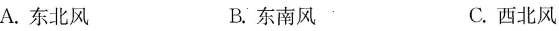
A.东北风 B.东南风 C.西北风